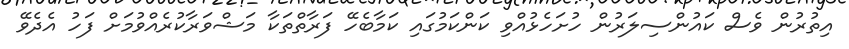
އިތުރުން ވެސް ކައުންސިލަރުން ހުށަހެޅުއްވި ކަންކަމުގައި ކަމާބެހޭ ފަރާތްތަކާ މަޝްވަރާކުރެއްވުމަށް ފަހު އެދެވޭ